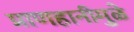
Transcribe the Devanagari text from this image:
प्राणहानीमुळे